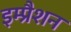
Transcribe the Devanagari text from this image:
इम्प्रैशन